65_HS1-834228961_62-HQ-83894_Section_1
Agency: FBI
Page 125
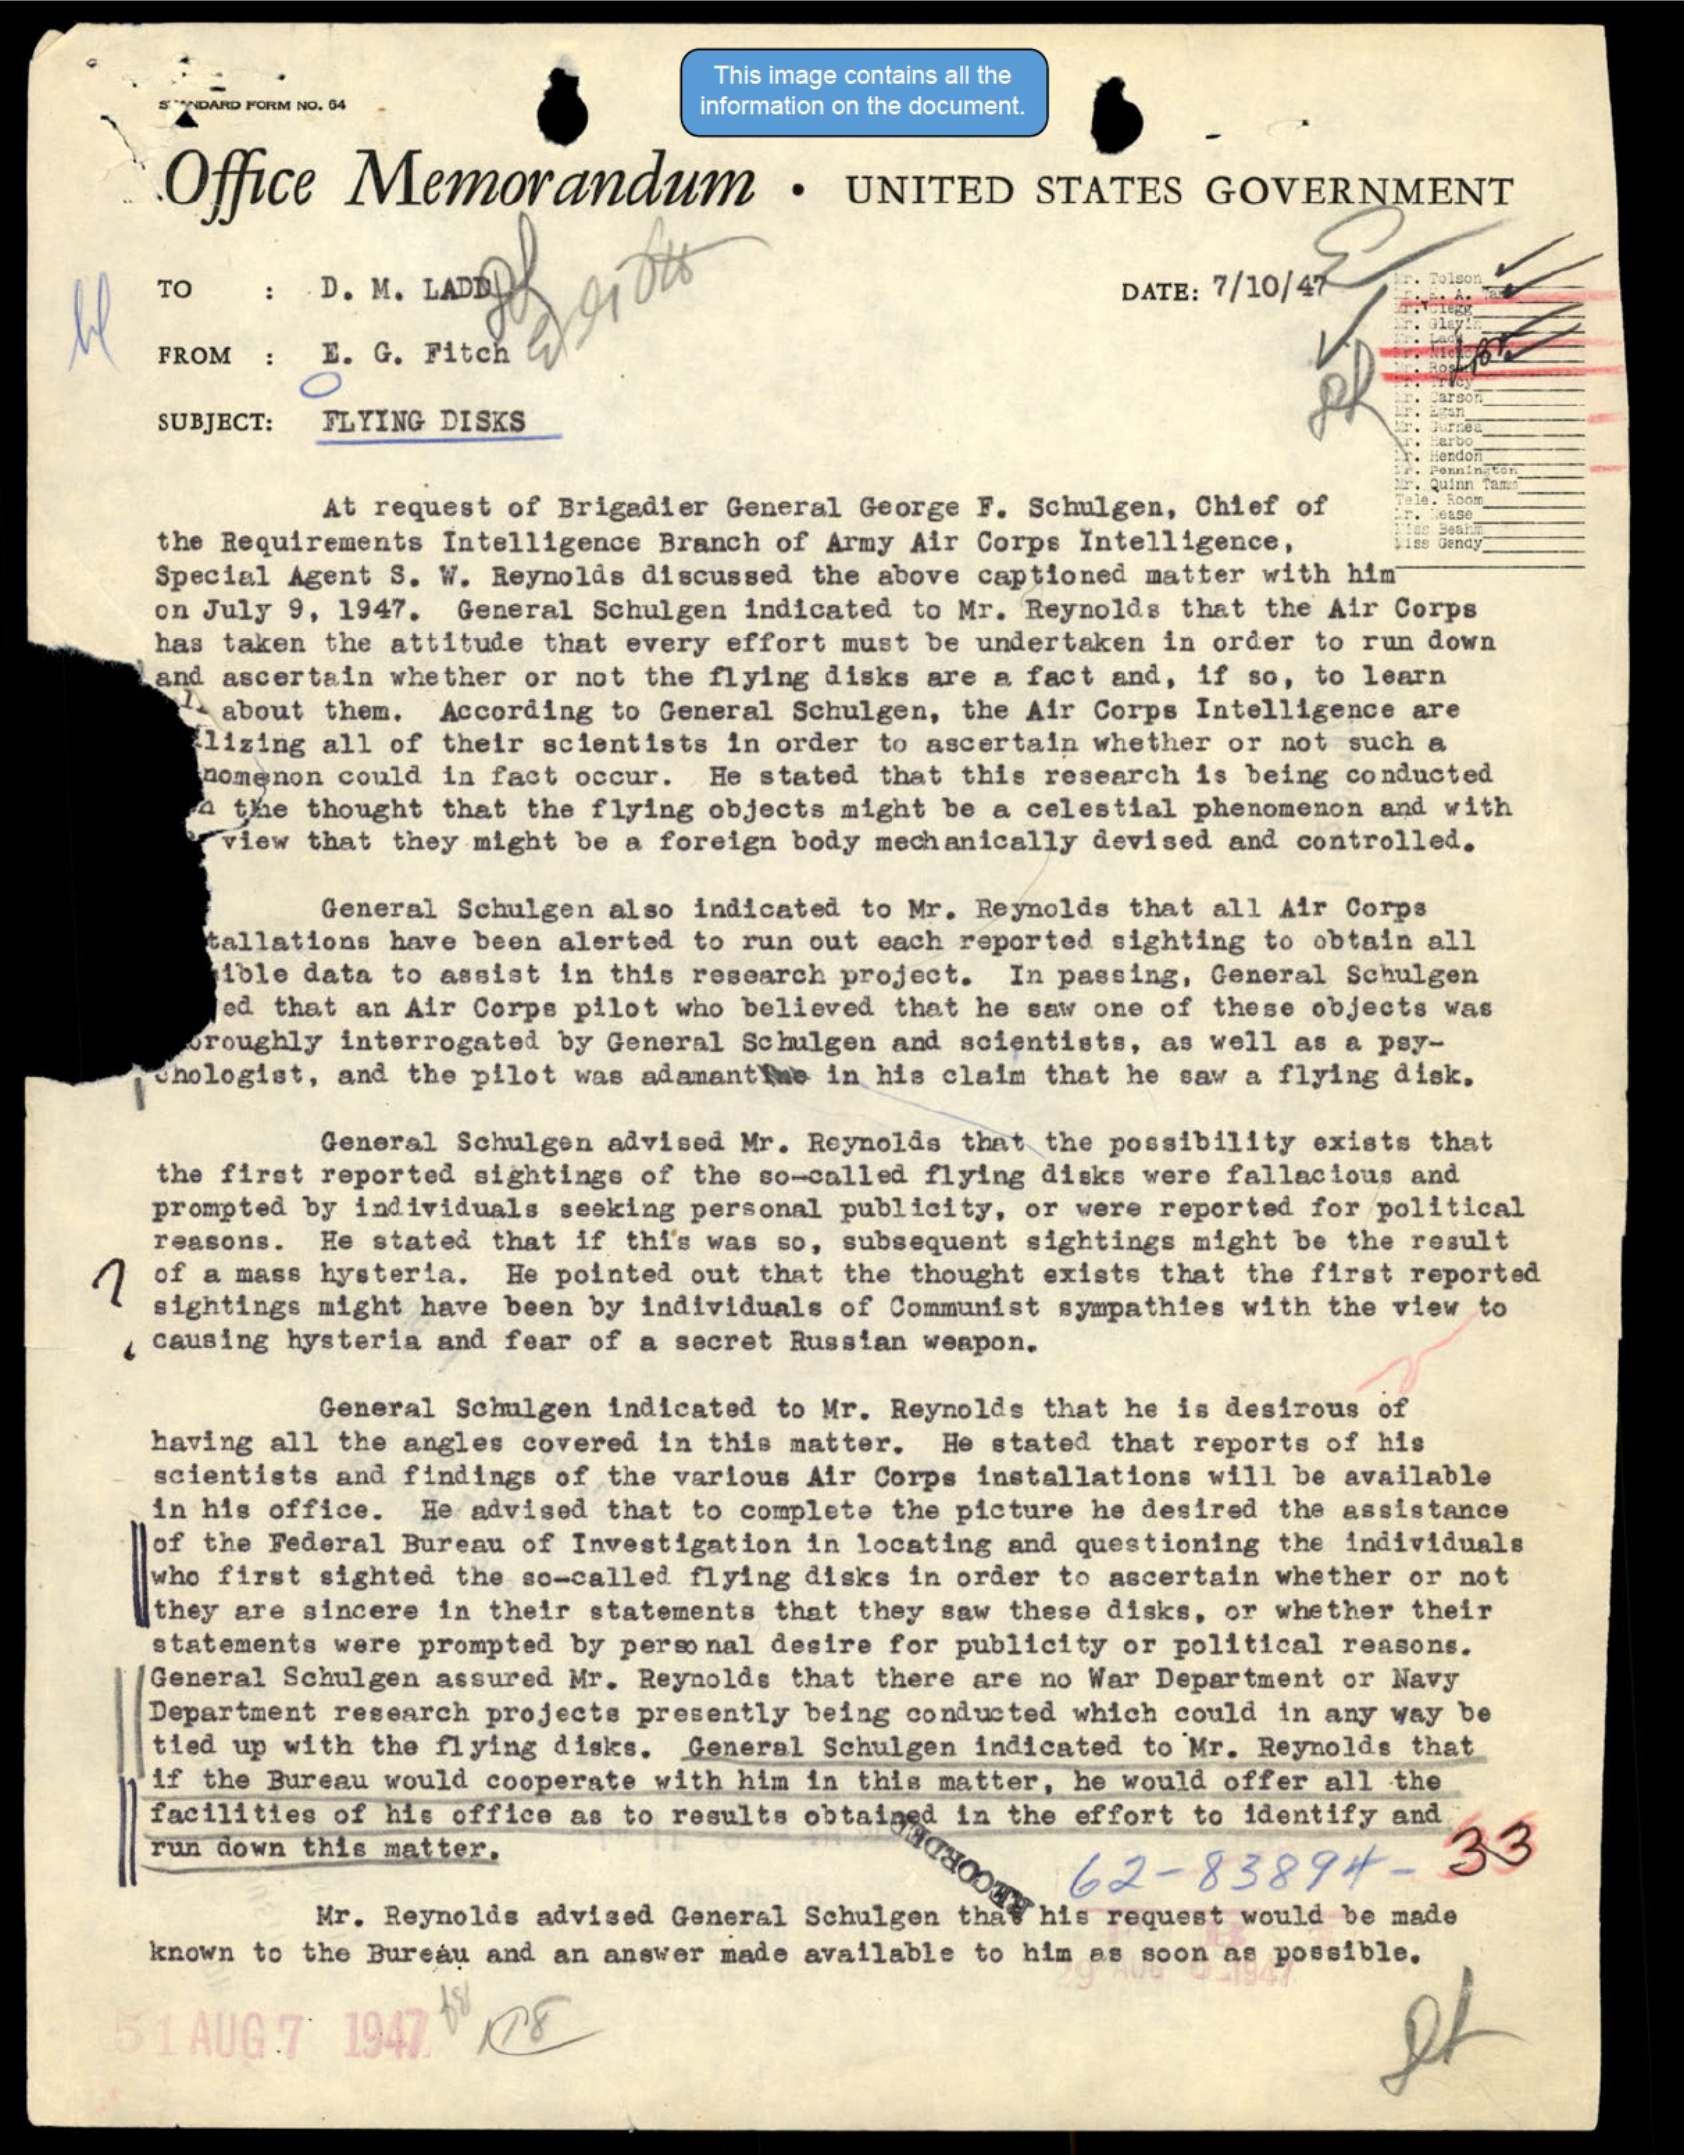